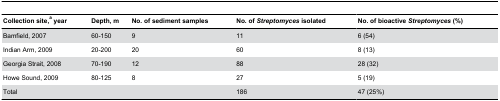
<table><thead><tr><td><b>Collection site,<sup>a</sup> year</b></td><td><b>Depth, m</b></td><td><b>No. of sediment samples</b></td><td><b>No. of <i>Streptomyces</i> isolated</b></td><td><b>No. of bioactive <i>Streptomyces</i> (%)</b></td></tr></thead><tbody><tr><td>Bamfield, 2007</td><td>60-150</td><td>9</td><td>11</td><td>6 (54)</td></tr><tr><td>Indian Arm, 2009</td><td>20-200</td><td>20</td><td>60</td><td>8 (13)</td></tr><tr><td>Georgia Strait, 2008</td><td>70-190</td><td>12</td><td>88</td><td>28 (32)</td></tr><tr><td>Howe Sound, 2009</td><td>80-125</td><td>8</td><td>27</td><td>5 (19)</td></tr><tr><td>Total</td><td></td><td></td><td>186</td><td>47 (25%)</td></tr></tbody></table>